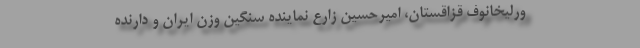
ورلیخانوف قزاقستان، امیرحسین زارع نماینده سنگین وزن ایران و دارنده